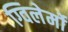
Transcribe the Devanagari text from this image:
ग्विलेर्मो